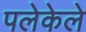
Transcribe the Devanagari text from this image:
पलेकेले